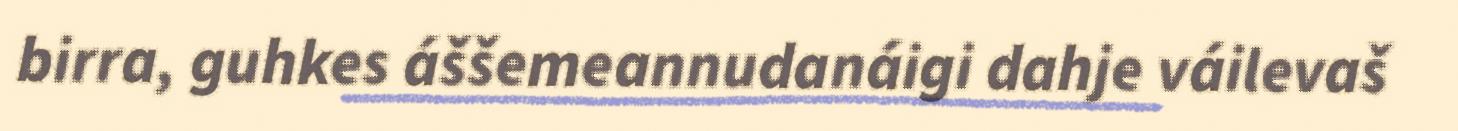
birra, guhkes áššemeannudanáigi dahje váilevaš